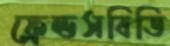
ফ্রেন্ডসবিডি